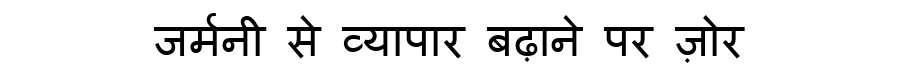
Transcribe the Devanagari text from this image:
जर्मनी से व्यापार बढ़ाने पर ज़ोर